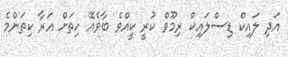
އަދި ލައިކް ޑިސްލައިކް ރިމޫވް ކުރީ ކީއްވެ ބާވެއޭ ހިތަށް އަރާ ކިތަންމެ